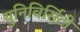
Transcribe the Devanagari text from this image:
युनिविर्सिटी